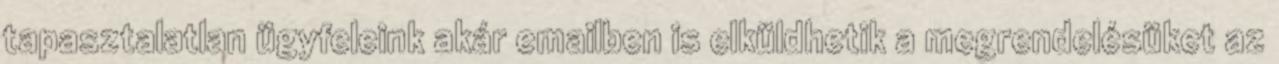
tapasztalatlan ügyfeleink akár emailben is elküldhetik a megrendelésüket az